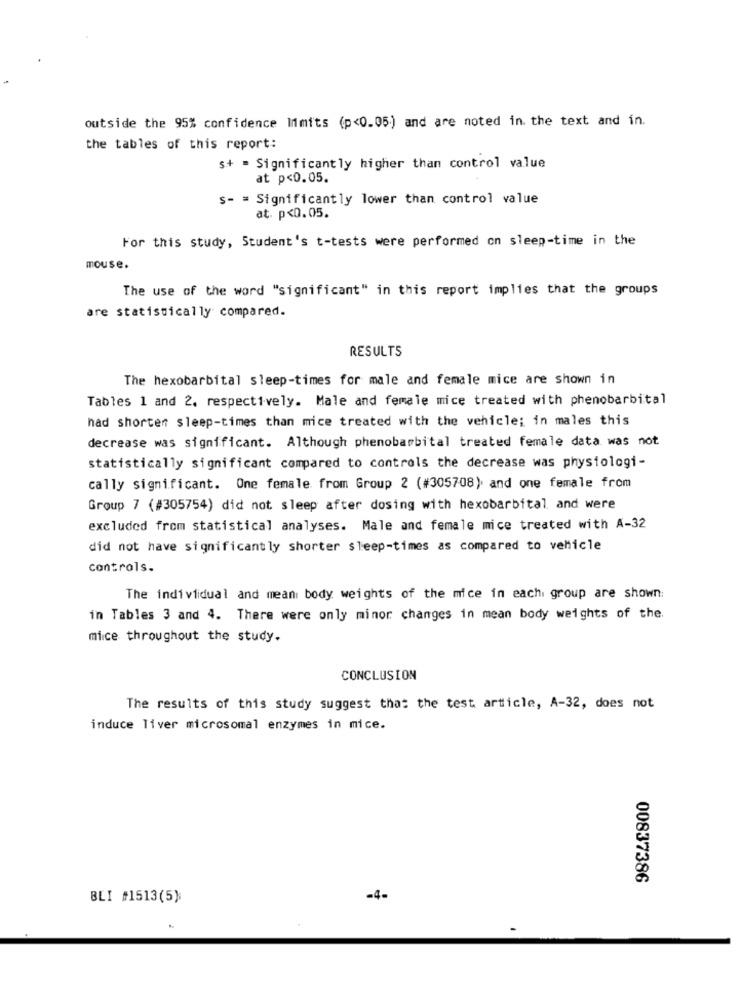
outside the 95% confidence limits (p<0.05) and are noted in. the text and in.
the tables of this report:
s+ = Significantly higher than control value
at p<0.05.
s- = Significantly lower than control value
at. p<0.05.
For this study, Student's t-tests were performed on sleep-time in the
mouse.
The use of the word "significant" in this report implies that the groups
are statistically compared.
RESULTS
The hexobarbital sleep-times for male and female mice are shown in
Tables 1 and 2. respectively. Male and female mice treated with phenobarbital
nad shorten sleep-times than mice treated with the vehicle; in males this
decrease was significant. Although phenobarbital treated female data was not
statistically significant compared to controls the decrease was physiologi-
cally significant. One female from Group 2 (#305708), and one female from
Group 7 (#305754) did not sleep after dosing with hexobarbital and were
excluded from statistical analyses. Male and female mice treated with A-32
did not have significantly shorter sleep-times as compared to vehicle
controls.
The individual and mean body weights of the mice in each group are shown:
in Tables 3 and 4. There were only minor changes in mean body weights of the.
mice throughout the study.
CONCLUSION
The results of this study suggest that the test article, A-32, does not
induce Tiver microsomal enzymes in mice.
00837386
BLI #1513(5)
-4-